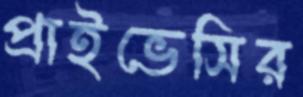
প্রাইভেসির